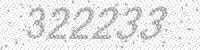
Solution: 322233